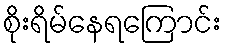
စိုးရိမ်နေရကြောင်း